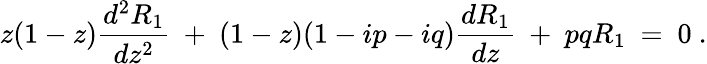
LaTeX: z(1-z){\frac{d^{2}R_{1}}{dz^{2}}}~+~(1-z)(1-ip-iq){\frac{dR_{1}}{dz}}~+~pqR_{1}~=~0~.